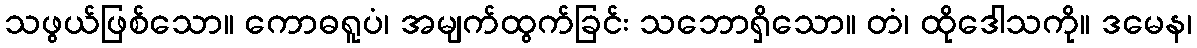
သဖွယ်ဖြစ်သော။ ကောဓရူပံ၊ အမျက်ထွက်ခြင်း သဘောရှိသော။ တံ၊ ထိုဒေါသကို။ ဒမေန၊